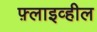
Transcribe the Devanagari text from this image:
फ़्लाइव्हील